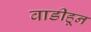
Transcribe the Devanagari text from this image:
वाडीहून